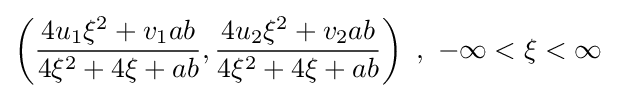
\left({\frac {4u_{1}\xi ^{2}+v_{1}ab}{4\xi ^{2}+4\xi +ab}},{\frac {4u_{2}\xi ^{2}+v_{2}ab}{4\xi ^{2}+4\xi +ab}}\right)\ ,\ -\infty <\xi <\infty \